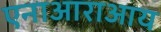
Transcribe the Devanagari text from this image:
एनाआराआय